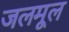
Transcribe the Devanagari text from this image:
जलमूल